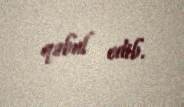
qəbul edib.